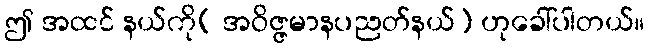
ဤ အထင် နယ်ကို( အဝိဇ္ဇမာနပညတ်နယ်) ဟုခေါ်ပါတယ်။